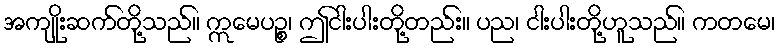
အကျိုးဆက်တို့သည်။ ဣမေပဉ္စ၊ ဤငါးပါးတို့တည်း။ ပည၊ ငါးပါးတို့ဟူသည်။ ကတမေ၊